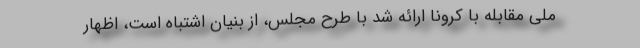
ملی مقابله با کرونا ارائه شد با طرح مجلس، از بنیان اشتباه است، اظهار